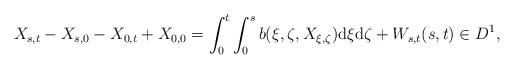
LaTeX: \begin{align*}X_{s,t}-X_{s,0}-X_{0,t}+X_{0,0}=\int_0^t\int_0^sb(\xi,\zeta,X_{\xi,\zeta})\mathrm{d}\xi\mathrm{d}\zeta+W_{s,t}(s,t)\in D^1,\end{align*}